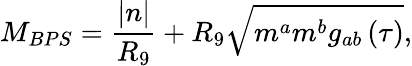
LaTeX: M_{BPS}=\frac{\left|n\right|}{R_{9}}+R_{9}\sqrt{m^{a}m^{b}g_{ab}\left(\tau\right)},